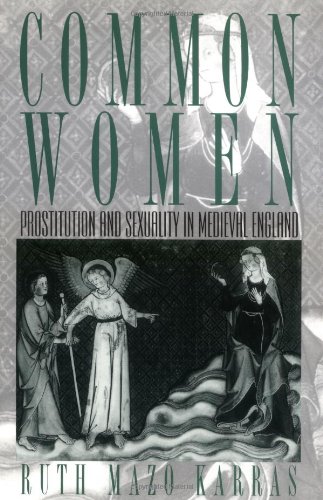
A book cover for Common Women: Prostitution and Sexuality in Medieval England (Studies in the History of Sexuality); Ruth Mazo Karras; Politics & Social Sciences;